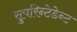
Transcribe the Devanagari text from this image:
सुपरिन्टेडेन्ट